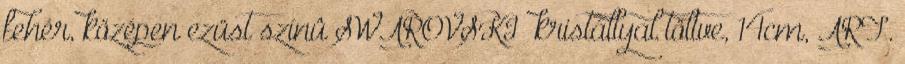
fehér, középen ezüst színû SWAROVSKI® kristállyal töltve, 14cm, ART.